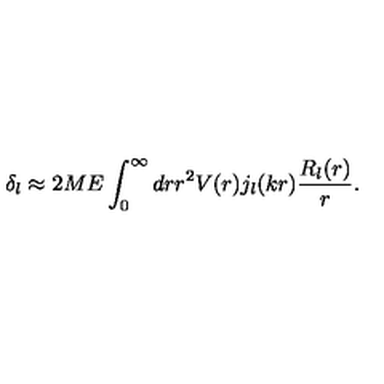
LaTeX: \delta _ { l } \approx 2 M E \int _ { 0 } ^ { \infty } d r r ^ { 2 } V ( r ) j _ { l } ( k r ) \frac { R _ { l } ( r ) } { r } .